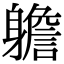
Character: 𨊍